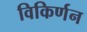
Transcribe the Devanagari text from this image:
विकिर्णन